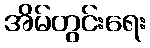
အိမ်တွင်းရေး